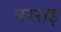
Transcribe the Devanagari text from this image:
बरराइ